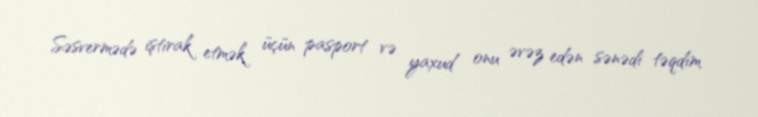
Səsvermədə iştirak etmək üçün pasport və yaxud onu əvəz edən sənədi təqdim